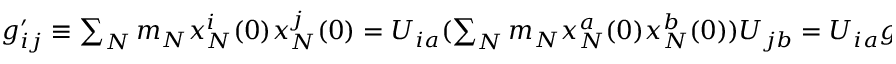
\begin{array} { r } { g _ { i j } ^ { \prime } \equiv \sum _ { N } m _ { N } x _ { N } ^ { i } ( 0 ) x _ { N } ^ { j } ( 0 ) = U _ { i a } ( \sum _ { N } m _ { N } x _ { N } ^ { a } ( 0 ) x _ { N } ^ { b } ( 0 ) ) U _ { j b } = U _ { i a } g _ { a b } U _ { j b } , \quad \mathrm { ~ o ~ r ~ } \quad g ^ { \prime } = U g U ^ { T } . } \end{array}